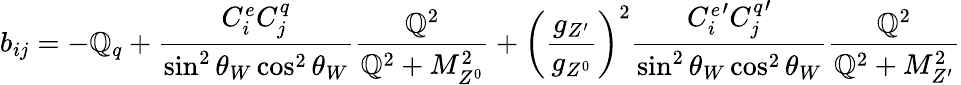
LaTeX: b_{ij}=-\mathbb{Q}_{q}+{\frac{{C_{i}^{e}C_{j}^{q}}}{{\sin^{2}\theta_{W}\cos^{2}\theta_{W}}}}{\frac{{\mathbb{Q}^{2}}}{{\mathbb{Q}^{2}+M_{Z^{0}}^{2}}}}+\left({\frac{{g_{Z^{\prime}}}}{{g_{Z^{0}}}}}\right)^{2}{\frac{{{C_{i}^{e}}^{\prime}{C_{j}^{q}}^{\prime}}}{{\sin^{2}\theta_{W}\cos^{2}\theta_{W}}}}{\frac{{\mathbb{Q}^{2}}}{{\mathbb{Q}^{2}+M_{Z^{\prime}}^{2}}}}